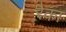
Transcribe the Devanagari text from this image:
रैका